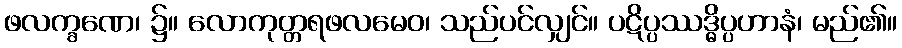
ဖလက္ခဏေ၊ ၌။ လောကုတ္တရဖလမေဝ၊ သည်ပင်လျှင်။ ပဋိပ္ပဿဒ္ဓိပ္ပဟာနံ၊ မည်၏။